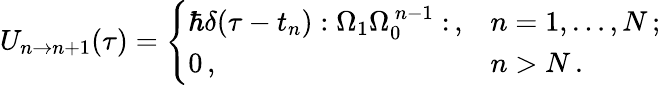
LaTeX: U_{n\to n+1}(\tau)=\Bigg\{ \begin{array}{ll}{\hbar\delta(\tau-t_{n}):\Omega_{1}\Omega_{0}^{\, n-1}:\, ,}&{n=1,\dots,N\, ;}\\ {0\, ,}&{n>N\, .}\end{array}